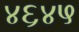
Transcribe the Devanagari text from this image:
४६४५